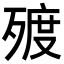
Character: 𣨲